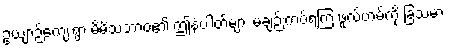
ဥယျာဉ်ကျေးရွာ မိမိသဘာဝ၏ ဤနံပါတ်များ မချဉ်းကပ်ရကြ ဖူလ်ဟမ်ကို ခြံသမား